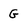
Character: G